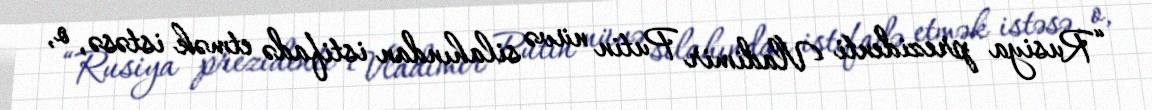
“Rusiya prezidenti Vladimir Putin nüvə silahından istifadə etmək istəsə, o,